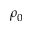
\rho _ { 0 }